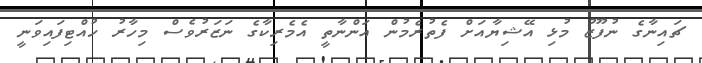
ޗައިނާގެ ނުފޫޒު މުޅި އޭޝިޔާއަށް ފެތުރެމުން އަންނާތީ އެމެރިކާގެ ނަޒަރުވެސް މިހާރު ހުއްޓިފައިވަނީ